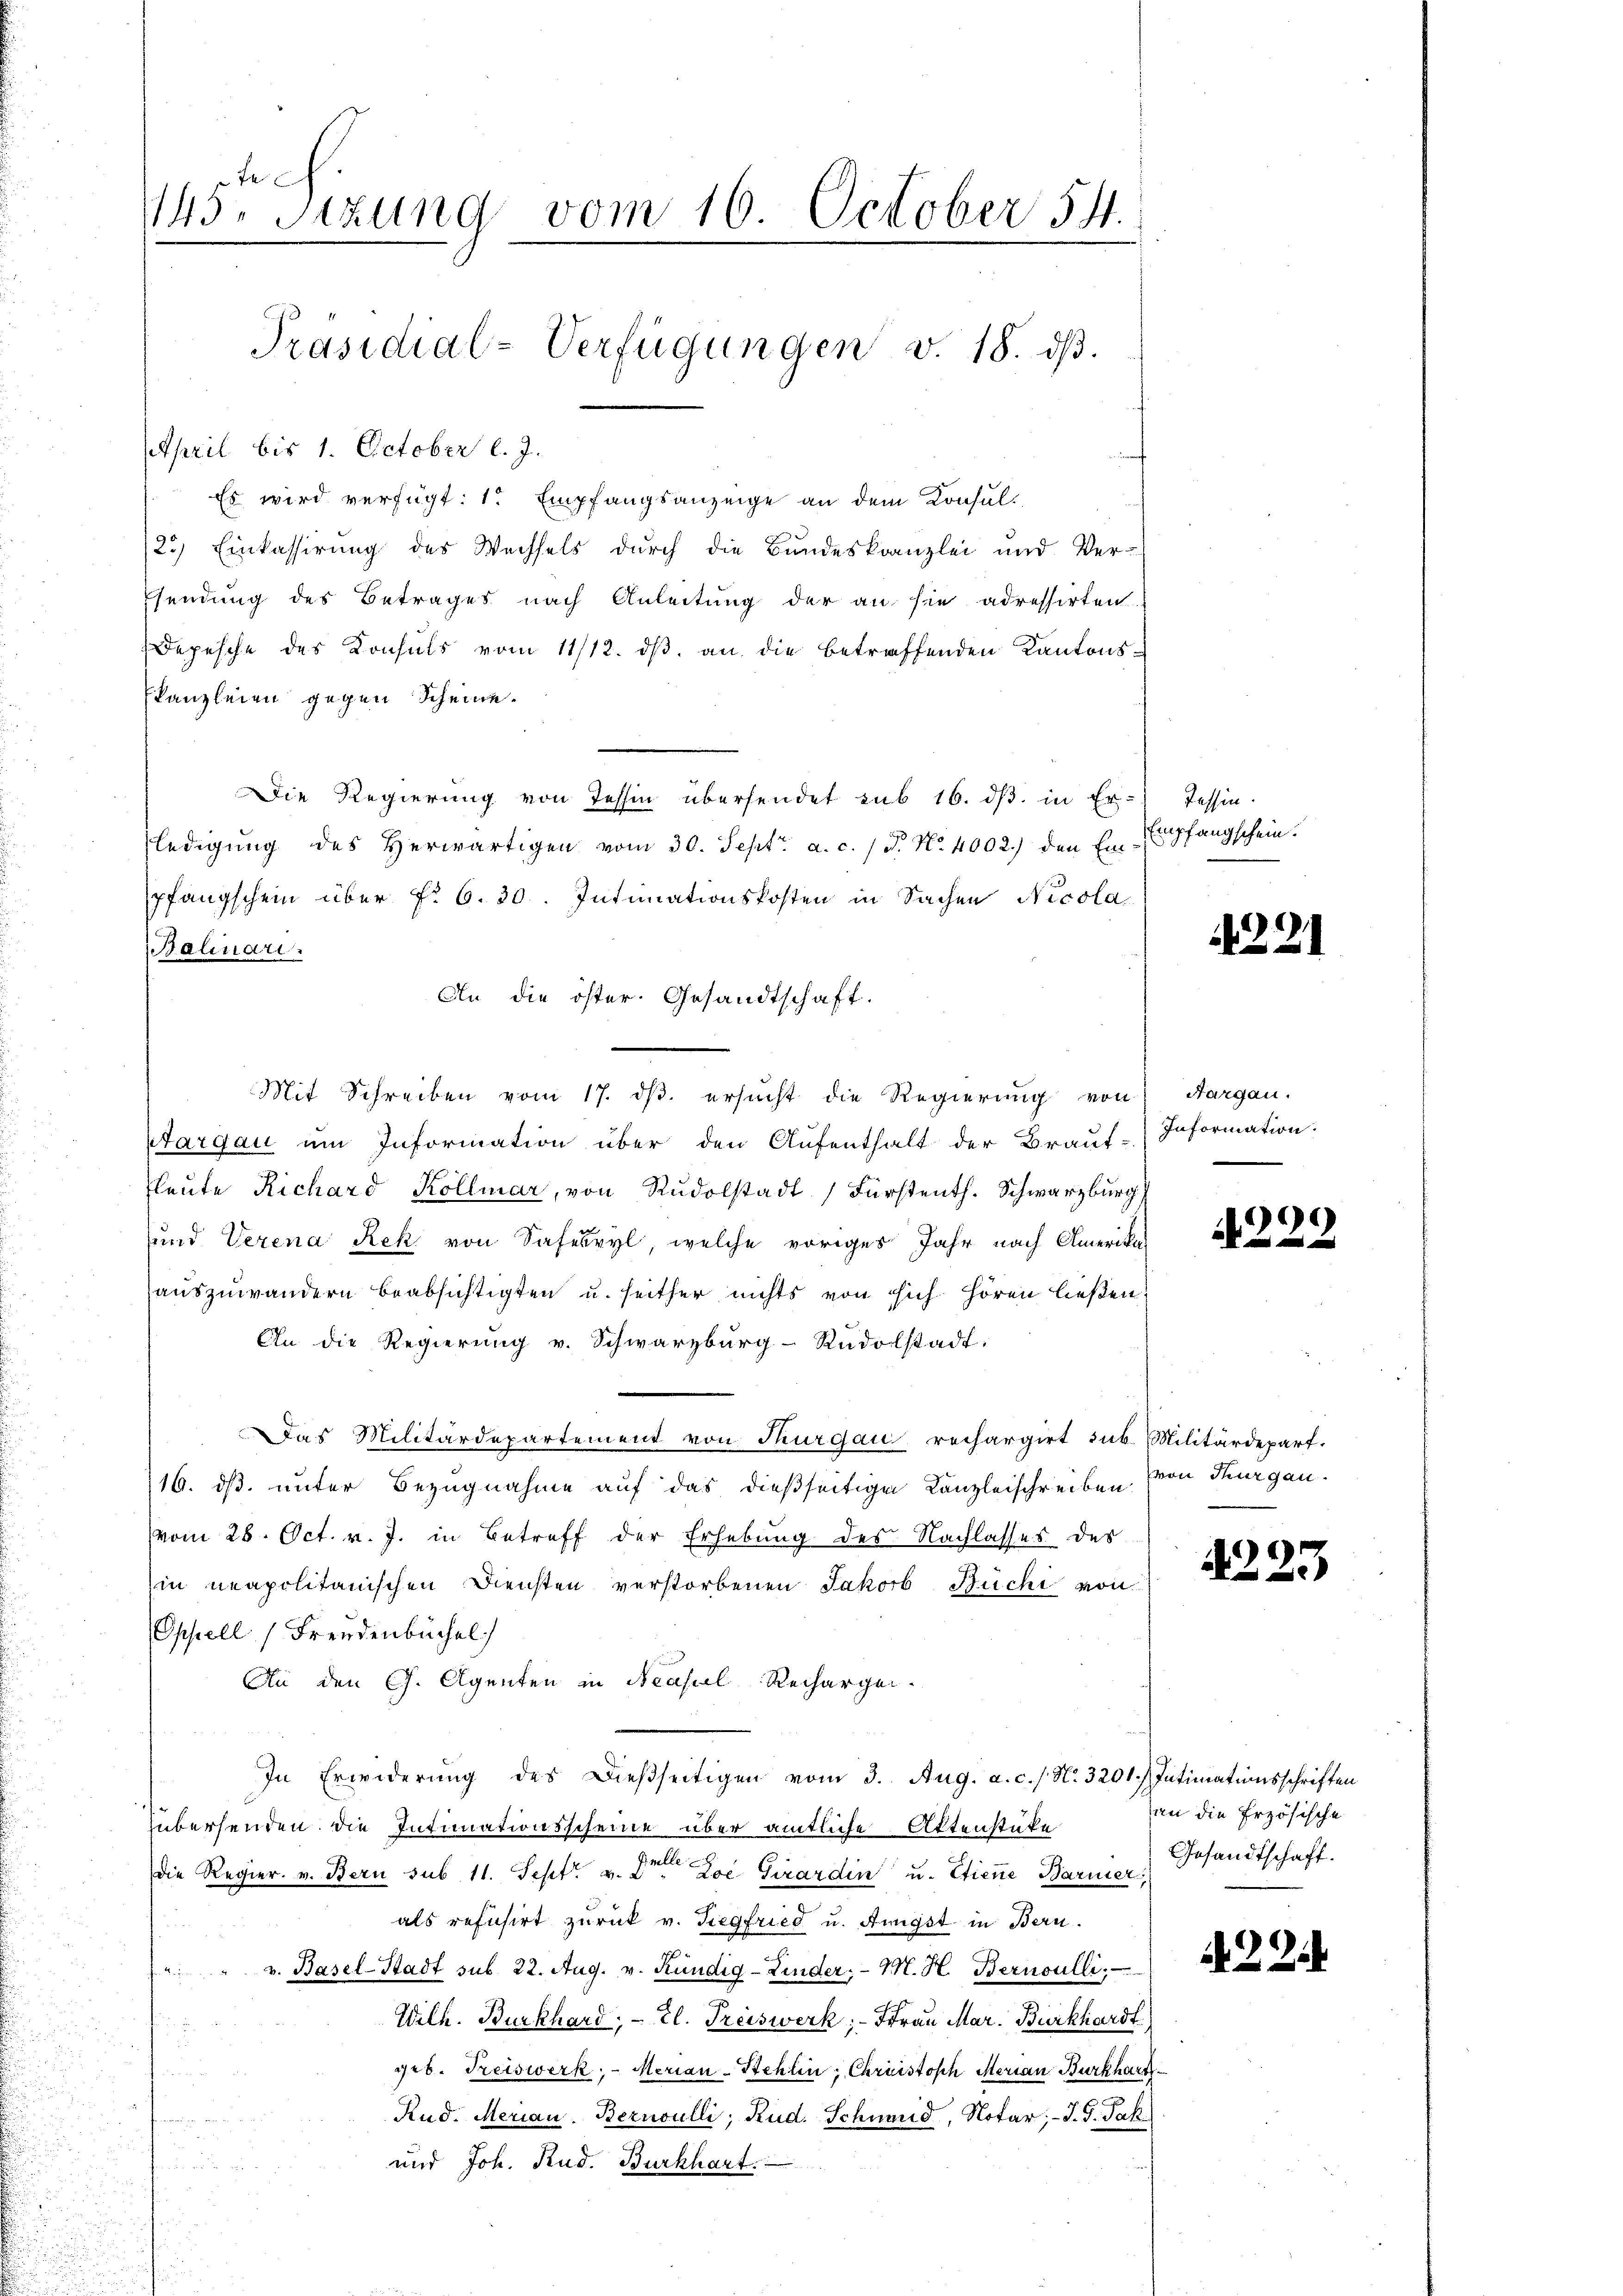
Es wird verfügt: 1. Empfangsanzeige an dem Konsul¬
23) Einkassirung des Wechsels durch die Bundeskanzlei und Ver-
Esendung des Betrages nach Anleitung der an sie adressirten
Depesche des Konsuls vom 11/12. ds. an die betreffenden Kantonsskanzleien gegen Scheine.
Die Regierung von Tessin übersendet sub 16. dβ in Er-) Tessin.
ledigŭng des herwärtigen vom 30. Sept. a. c. / 5. No. 4002.) den Ei-Empfangschein.
pfangschein über f. 6. 30. Intimationskosten in Sachen Nicola
Balinari
An die öster. Gesandtschaft.
Mit Schreiben vom 17. dβ. ersŭcht die Regierŭng von Aargau.
ptargau um Information über den Aufenthalt der Braut-
leute Richard Kollmar, von Rudolstadt, Fürstenth. Schwarzburg,
und Verena Rek von Safesryl, welche voriges Jahr nach Amerikaauszuwandern beabsichtigten u. seither nichts von sich hören ließen:
An die Regierŭng v. Schwarzburg-Rudolstadt:
Das Militärdepartement von Thurgau, rechargirt sub. Militärdepart.
16. ds. unter Bezugnahme auf das dießseitigen Kanzleischreiben. (von Thurgau.
vom 28. Oct. v. J. in Betreff der Erhebung des Nachlasses des
in neapolitanischen Diensten verstorbenen Jakob Büchi von
Oppell Freudenbuchel
An den G. Agenten in Neasel Rechargen.
In Erwiderung des Dießseitigen vom 3. Aug. a. c. / N. 3201. Intimationsschriften
übersenden. Die Intimationsscheine über amtliche Aktenstüke
die Regier. v. Bern sub 11. Sept. v. Dr Jos. Girardin u. Etiene Barmer
als refusirt zurück v. Siegfried u. Annigst in Bern.
v. Basel-Stadt sub. 22. Aug. v. Kündig-Linder, M. H. Bernoulli.
e
Wilh. Burkhard, – tl. Preiswerk; - Frau Mar. Burkhardt
geb. Freiswerk, - Merian-Stehlin, Christoph Merian Burkhar
u
Rud. Merian. Bernoulli, Rud. Schumid, Notar; - J. J. Jak.
u

und Joh. Rud. Burkhart.

April bis 1. October l. J.

145. Sizung vom 16. October 54.
Präsidial-Verfügungen v. 18. dβ.

.

221

Information.
.

222

4223

an die Erzösische
Gesandtschaft.

22